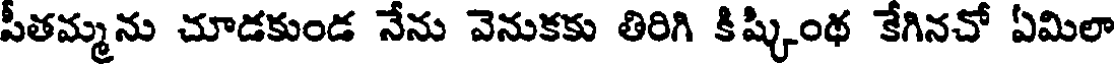
పీతమ్మను చూడకుండ నేను వెనుకకు తిరిగి కిష్కింథ కేగినచో ఏమిలా